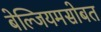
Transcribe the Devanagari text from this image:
बेल्जियमसोबत